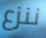
ننزع